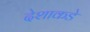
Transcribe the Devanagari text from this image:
देशाकडे